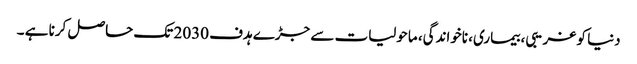
دنیا کو غریبی، بیماری، ناخواندگی، ماحولیات سے جڑے ہدف 2030 تک حاصل کرنا ہے ۔